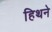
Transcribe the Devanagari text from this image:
हिथने